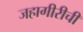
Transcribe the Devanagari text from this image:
जहागीरीची